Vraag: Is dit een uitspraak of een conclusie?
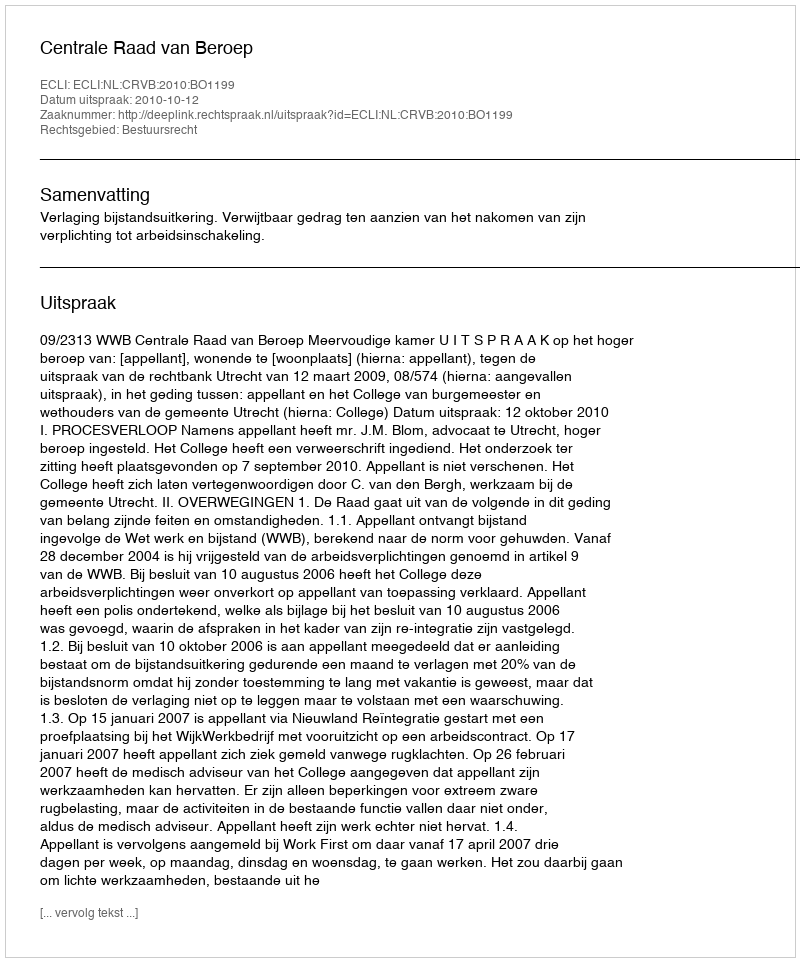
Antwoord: Uitspraak